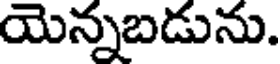
యెన్నబడును.